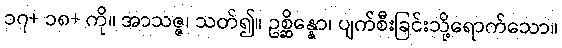
၁၇+ ၁၈+ ကို။ အာသဇ္ဇ၊ သတ်၍။ ဥစ္ဆိန္နော၊ ပျက်စီးခြင်းသို့ရောက်သော။